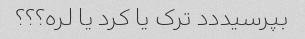
بپرسیددد ترک یا کرد یا لره؟؟؟